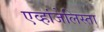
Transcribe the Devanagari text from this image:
एव्हांजेलिस्ता